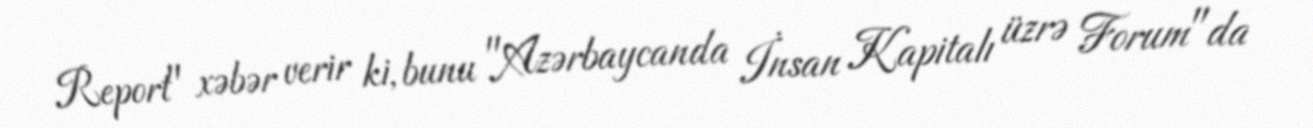
Report" xəbər verir ki, bunu "Azərbaycanda İnsan Kapitalı üzrə Forum"da